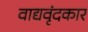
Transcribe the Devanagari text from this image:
वाद्यवृंदकार